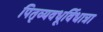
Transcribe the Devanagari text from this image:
पितृव्यवधूर्विधात्रा